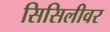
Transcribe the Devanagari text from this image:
सिसिलीवर